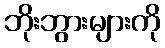
ဘိုးဘွားများကို